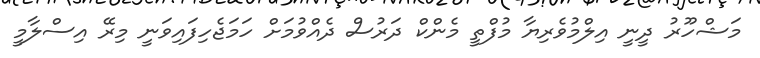
މަޝްހޫރު ދީނީ އިލްމުވެރިޔާ މުފްތީ މެންކް ދަރުސް ދެއްވުމަށް ހަމަޖެހިފައިވަނީ މިރޭ އިސްލާމީ